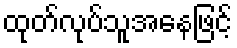
ထုတ်လုပ်သူအနေဖြင့်